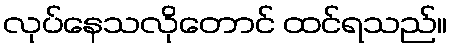
လုပ်နေသလိုတောင် ထင်ရသည်။